Annual report on the working of the lock hospitals in the Central Provinces
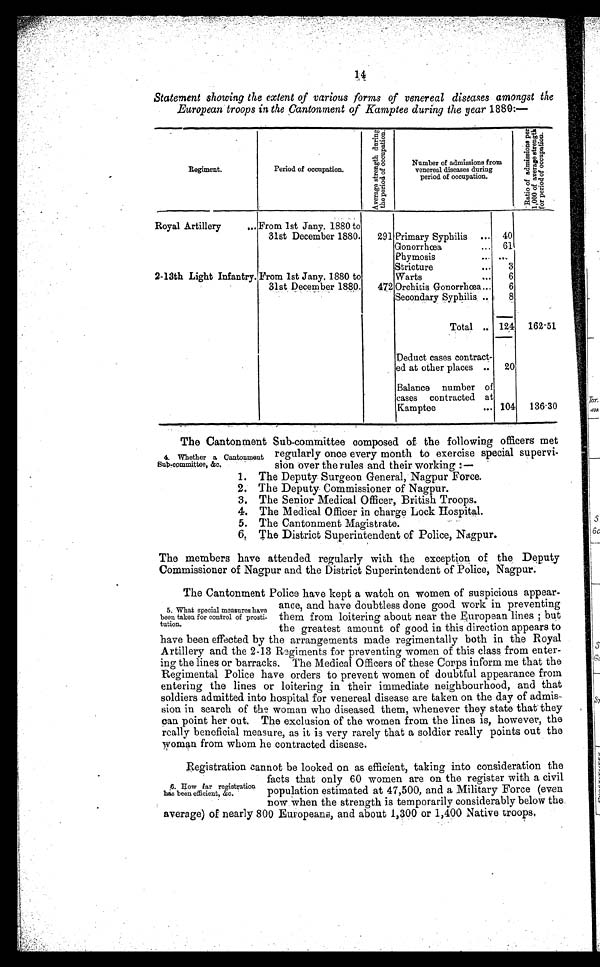
14
Statement showing the extent of various forms of venereal diseases amongst the
European troops in the Cantonment of Kamptee during the year 1880:—
Regiment.
Period of occupation.
A v e r a g e s t r e n g h t d u r i n g t h e p e r i o d o f o c c u p a t i o n .
Number of admissions from
venereal diseases during
period of occupation.
R a t i o a d m i s s i o n s p e r 1 , 0 0 0 o f a v e r a g e s t r e n g h t h f o r p e r i o d o f o c c u p a t i o n .
Royal Artillery
. . . From 1st Jany. 1880 to
31st December 1880. 291 Primary Syphilis ... 40
Gonorrhœa
... 61
Phymosis
...
. . .
2-13th Light Infantry. From 1st Jany. 1880 to
31st December 1880. 472
Stricture
... 3
Warts
... 6
Orchitis. Gonorrhœa
...
6
Secondary Syphilis
...
8
Total
124 162.51
Deduct cases contract-
ed at other places
...
20
Balance number of
cases contracted at
Kamptee
... 104 136.30
4. Whether a Cantonment
sub-committee, &c.
The Cantonment Sub-committee composed of the following officers met
regularly once every month to exercise special supervi-
sion over the rules and their working:—
1. The Deput y Sur geon Gener al , Nagpur For ce.
2 . T h e De p u t y Co mmi s s i o n e r o f Na g p u r .
3. The Seni or Medi cal Of f i cer , Br i t i s h Tr oops .
4. The Medi cal Of f i cer i n char ge Lock Hos pi t al .
5. The Cantonment Magistrate.
6. The District Superintendent of Police, Nagpur.
The members have attended regularly with the exception of the. Deputy
Commissioner of Nagpur and the District Superintendent of Police, Nagpur.
5. What special measures have
been taken for control of prosti-
tution.
The Cantonment Police have kept a watch on women of suspicious appear-
ance, and have doubtless done good work in preventing
them from loitering about near the European lines ; but
the greatest amount of good in this direction appears to
have been effected by the arrangements made regimentally both in the Royal
Artillery and the 2-13 Regiments for preventing women of this class from enter-
ing the lines or barracks. The Medical Officers of these Corps inform me that the
Regimental Police have orders to prevent women of doubtful appearance from
entering the lines or loitering in their immediate neighbourhood, and that
soldiers admitted into hospital for venereal disease are taken on the day of admis-
sion in search of the woman who diseased them, whenever they state that they
can point her out. The exclusion of the women from the lines is, however, the
really beneficial measure, as it is very rarely that a soldier really points out the
woman from whom he Contracted diseases.
6 . H o w f a r r e g i s t r a t i o n
hasbeen efficient, &c.
Registration cannot be looked on as efficient, taking into consideration the
facts that only 60 women are on the register with a civil
population estimated at 47,500, and a Military Force (even
now when the strength is temporarily considerably below the
average) of nearly 800 Europeans, and about 1,300 or 1,400 Native troops.